[Report on the health of British troops in the Madras command]
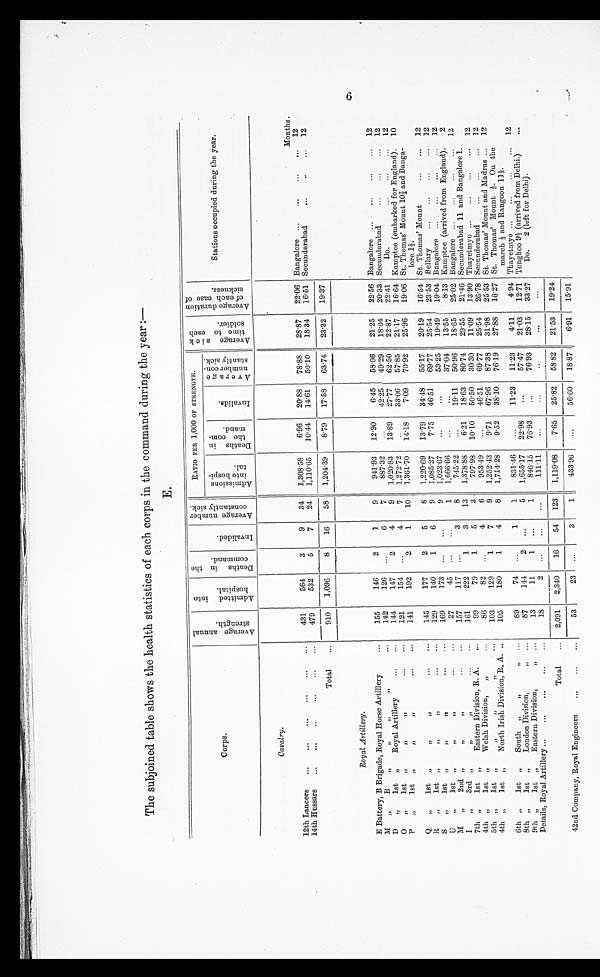
The subjoined table shows the health statistics of each corps in the command during the year :—
E.
Corps.
A v e r a g e a n n u a l s t r e n g t h .
A d m i t t e d i n t o H o s p i t a l .
D e a t h i n t h e c o m m a n d .
I n v a l i d e d .
A v e r a g e n u m b e r c o n s t a n t l y s i c k .
RATIO PER 1,000 OF STRENGTH.
A v e r a g e s i c k t i m e t o e a c h s o l d i e r .
A v e r a g e d u r a t i o n o f e a c h o f s i c k n e s s .
Stations occupied during the year.
A d m i s s i o n s i n t o h o s p i - t a l .
D e a t h s i n t h e c o m - m a n d .
I n v a l i d s .
A v e r a g e n m u v e r c o n s t a n t l y s i c k .
Cavalry.
Months.
12th Lancers
.. .
...
...
...
...
...
431
564
3
9
34
1,308.58
6.96
20.88
78.88
28.87
22.06 Bangalore ...
. . .
. . .
. . . 12
14th Hussar
...
. . .
. . .
. . .
. . .
. . .
479
532
5
7
24
1,110.65
10.44
14.61
50.10
18.34 16.51 Secunderabad
...
..
... 12
Total
...
9 910
1,096
8
16
58 1,204.39
8 8.79
17.58
63.74
23.32
19.37
Royal Artillery.
E Battery, B Brigade, Royal Horse Artillery
...
155
146
2
1
9
941.93
12.90
6.45
58.06
21.25
22.56 Bangalore ...
...
...
... 12
M „
B
„ „ „ „ „
. . .
142
126 ...
6
7
887.32
. . .
42.25
49.29
18.04
20.33 Secunderabad
...
...
... 12
D „
1st „
Royal Artillery
...
...
144
147
2
4
9
1,020.83
13.89
27.77
62.50
22.87
22.41
Do.
...
...
... 12
O „
1st „
„ „
...
...
121
154 ...
4
7
1,272.72
. . .
33.06 57.85
21.17
16.64 Kamptee (embarked for England). 10
P „
1st „
,,
„
...
...
141
192
2
1
10
1,361.70
14.18
7.09
70.92
25.96
19.06 St. Thomas' Mount 10 2/3 and Banga
lore 1 1/3.
Q „
1st „
„ „
...
. . .
145
177
2
5
8
1,220.69
13.79 34.48 55.17
20.19
16.54 St. Thomas' Mount
...
... 12
R „
1st „
,,
,,
...
...
129
140
1
6
9
1,085.27
7.75
46.51
69.77
25.54
23.53 Bellary
...
...
...
... 12
S
„
1st „ „ „
...
...
169
173 ...
...
9
1,023.67
...
...
53.25
19.49 19.04 Bangalore ...
...
...
... 12
U „
1st
„ „ „
. . .
. . .
27
45
. . .
. . .
1
1,666.66
...
...
37.04
13.55
8.13 Kamptee (arrived from England).
2
M „
2nd „
,,
,,
. . .
. . .
157
117 ...
3
8
745.22
...
19.11
50.96
18.65
25.02 Bangalore ...
...
...
... 12
I
„
3rd „
„ „
. . . ...
161
222
1
3
13
1,378.88
6.21
18.63 80.74
29.55
21.46 Secunderabad 11 and Bangalore 1.
7th „
1st „
Eastern Division, R. A.
...
99
79
1
5
3
797.98
10.10
50.50 30.30
11.09
13.90 Thayetmyo ...
...
...
... 12
4th „
1st „
Welsh Division,
„
...
86
82
. . .
4
6
953.49
...
46.51
69.77
25.54
26.78 Secunderabad
...
...
... 12
5th „
1st
„ „ „ „
. . .
103
129
1
7
9
1,252.43
9.71
67.96
87.38
31.98
25.53 St. Thomas' Mount and Madras ... 12
4th „
1st „
North Irish Division, R. A. ..
105
180
1
4
8
1,714.28
9.52
38.10
76.19
27.88
16.27 St. Thomas' Mount 1/3. On the
march 1/3 and Rangoon 11 1/3.
6th „
1st „
South
„ „
„ ...
8 9
74
. . .
1
1
831.46
...
11.23 11.23
4.11
4.94 Thayetmyo ...
...
...
... 12
8th „
1st „
London Division,
„
. . .
87
144
2 ...
5
1,655.17
22.98
...
57.47
21.03
12.71 Tonghoo 9 1/3 (arrived from Delhi.)
. . .
9th „
1st „
Eastern Division,
„
. . .
13
11
1 ...
1
846.15
76.93
...
76.93
28.15
33.27
Do. 2 (left for Delhi).
Details, Royal Artillery ...
...
...
...
...
18
2
. . .
. . .
. . .
111.11
...
...
...
...
...
Total
. . . 2,091
2,340
16
54 123
1,119.08
7.65
25.82
58.82
21.53
19.24
42nd Company, Royal Engineers
...
...
...
53
23 ...
3
1
433.96
...
56.60 18.87
6.91
15.91